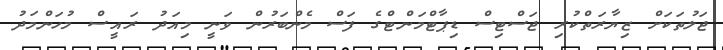
ޖަލުތަކަށް ޒިޔާރަތްކުރި ޖަސްޓިސް ޑިޕާޓްމަންޓްގެ ފަސް މެންބަރުން ވަނީ މިއަދު ރައީސް މުހަންމަދު